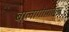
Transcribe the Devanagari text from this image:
बालागोपालन